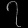
Digit: ၇